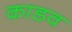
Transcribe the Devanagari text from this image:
काडव